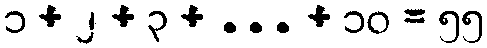
၁ + ၂ + ၃ + ... + ၁၀ = ၅၅